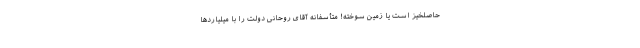
حاصلخیز است یا زمین سوخته! متأسفانه آقای روحانی دولت را با میلیاردها